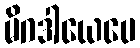
မိဂဒါယေပေ